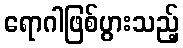
ရောဂါဖြစ်ပွားသည့်